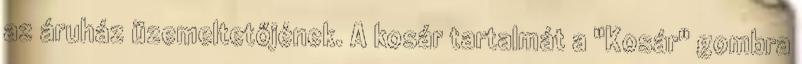
az áruház üzemeltetőjének. A kosár tartalmát a "Kosár" gombra